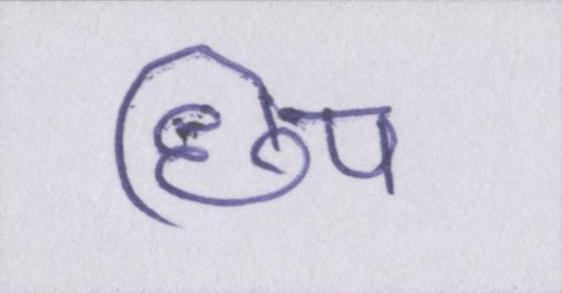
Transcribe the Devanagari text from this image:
छिप